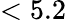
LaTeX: <5.2